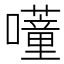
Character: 𭌕